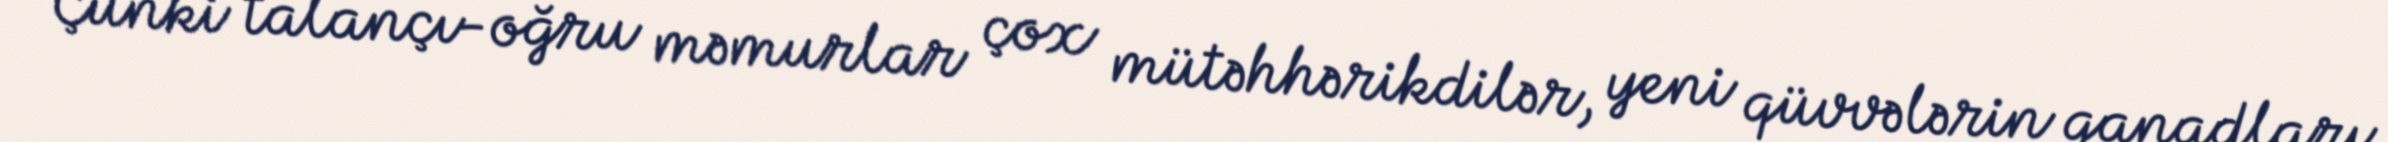
Çünki talançı-oğru məmurlar çox mütəhhərikdilər, yeni qüvvələrin qanadları